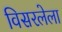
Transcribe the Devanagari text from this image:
विसरलेला